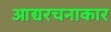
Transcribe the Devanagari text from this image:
आद्यरचनाकार